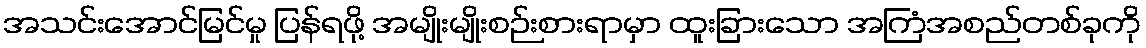
အသင်းအောင်မြင်မှု ပြန်ရဖို့ အမျိုးမျိုးစဉ်းစားရာမှာ ထူးခြားသော အကြံအစည်တစ်ခုကို